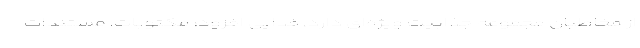
از مخاطبان مجموعه جذابیت ویژه‌ای دارد. فدایی افزود: مکتوبات، مستندات